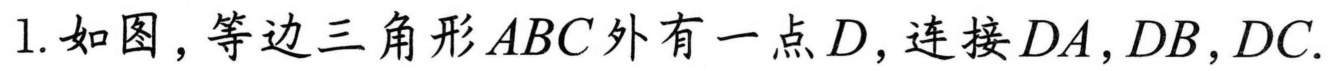
1. 如图，等边三角形 \(ABC\) 外有一点 \(D\)，连接 \(DA,DB,DC\).